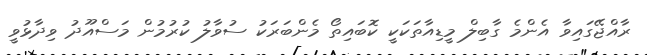
ރާއްޖޭގައިވާ އެންމެ ގާބިލް މީޑިއާތަކަކީ ކޮބައިތޯ މެންބަރަކު ސުވާލު ކުރުމުން މަސްއޫދު ވިދާޅުވީ